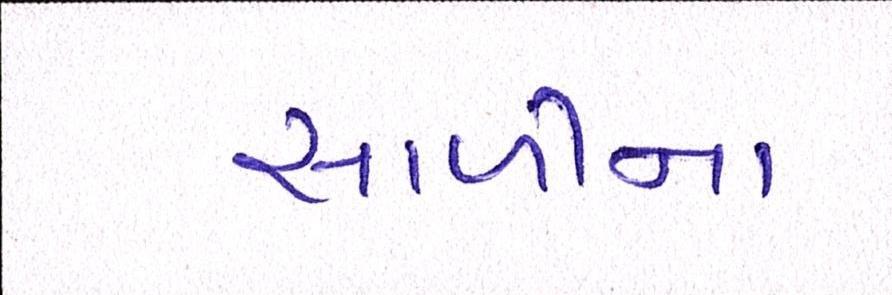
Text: સાળીના